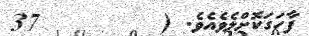
ފާހަގަކޮށްލެވެއެވެ. (        37